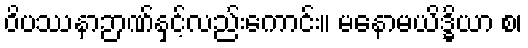
ဝိပဿနာဉာဏ်နှင့်လည်းကောင်း။ မနောမယိဒ္ဓိယာ စ၊